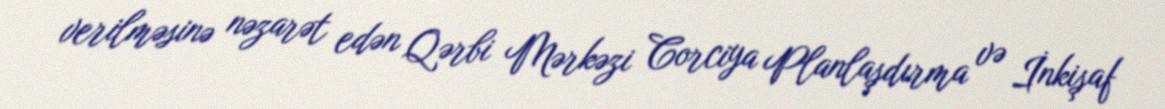
verilməsinə nəzarət edən Qərbi Mərkəzi Corciya Planlaşdırma və İnkişaf